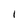
Character: 1